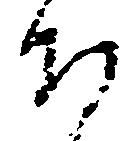
そ